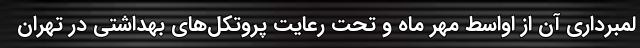
لمبرداری آن از اواسط مهر ماه و تحت رعایت پروتکل‌های بهداشتی در تهران